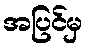
အပြင်မှ